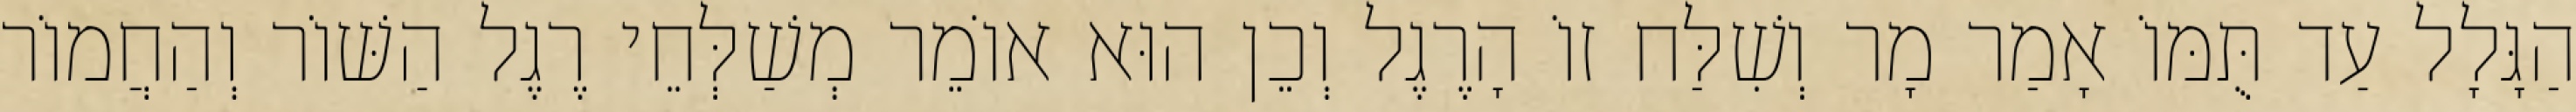
הַגָּלָל עַד תֻּמּוֹ אָמַר מָר וְשִׁלַּח זוֹ הָרֶגֶל וְכֵן הוּא אוֹמֵר מְשַׁלְּחֵי רֶגֶל הַשּׁוֹר וְהַחֲמוֹר